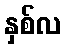
နှစ်လ